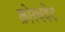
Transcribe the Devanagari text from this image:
क्रोस्थवेट